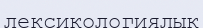
лексикологиялык